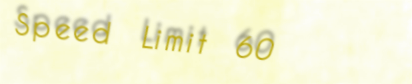
Speed Limit 60